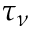
\tau _ { \nu }